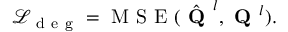
\mathcal { L } _ { \mathrm { ~ d ~ e ~ g ~ } } = \mathrm { ~ M ~ S ~ E ~ } ( \hat { \textbf { Q } } ^ { l } , \textbf { Q } ^ { l } ) .